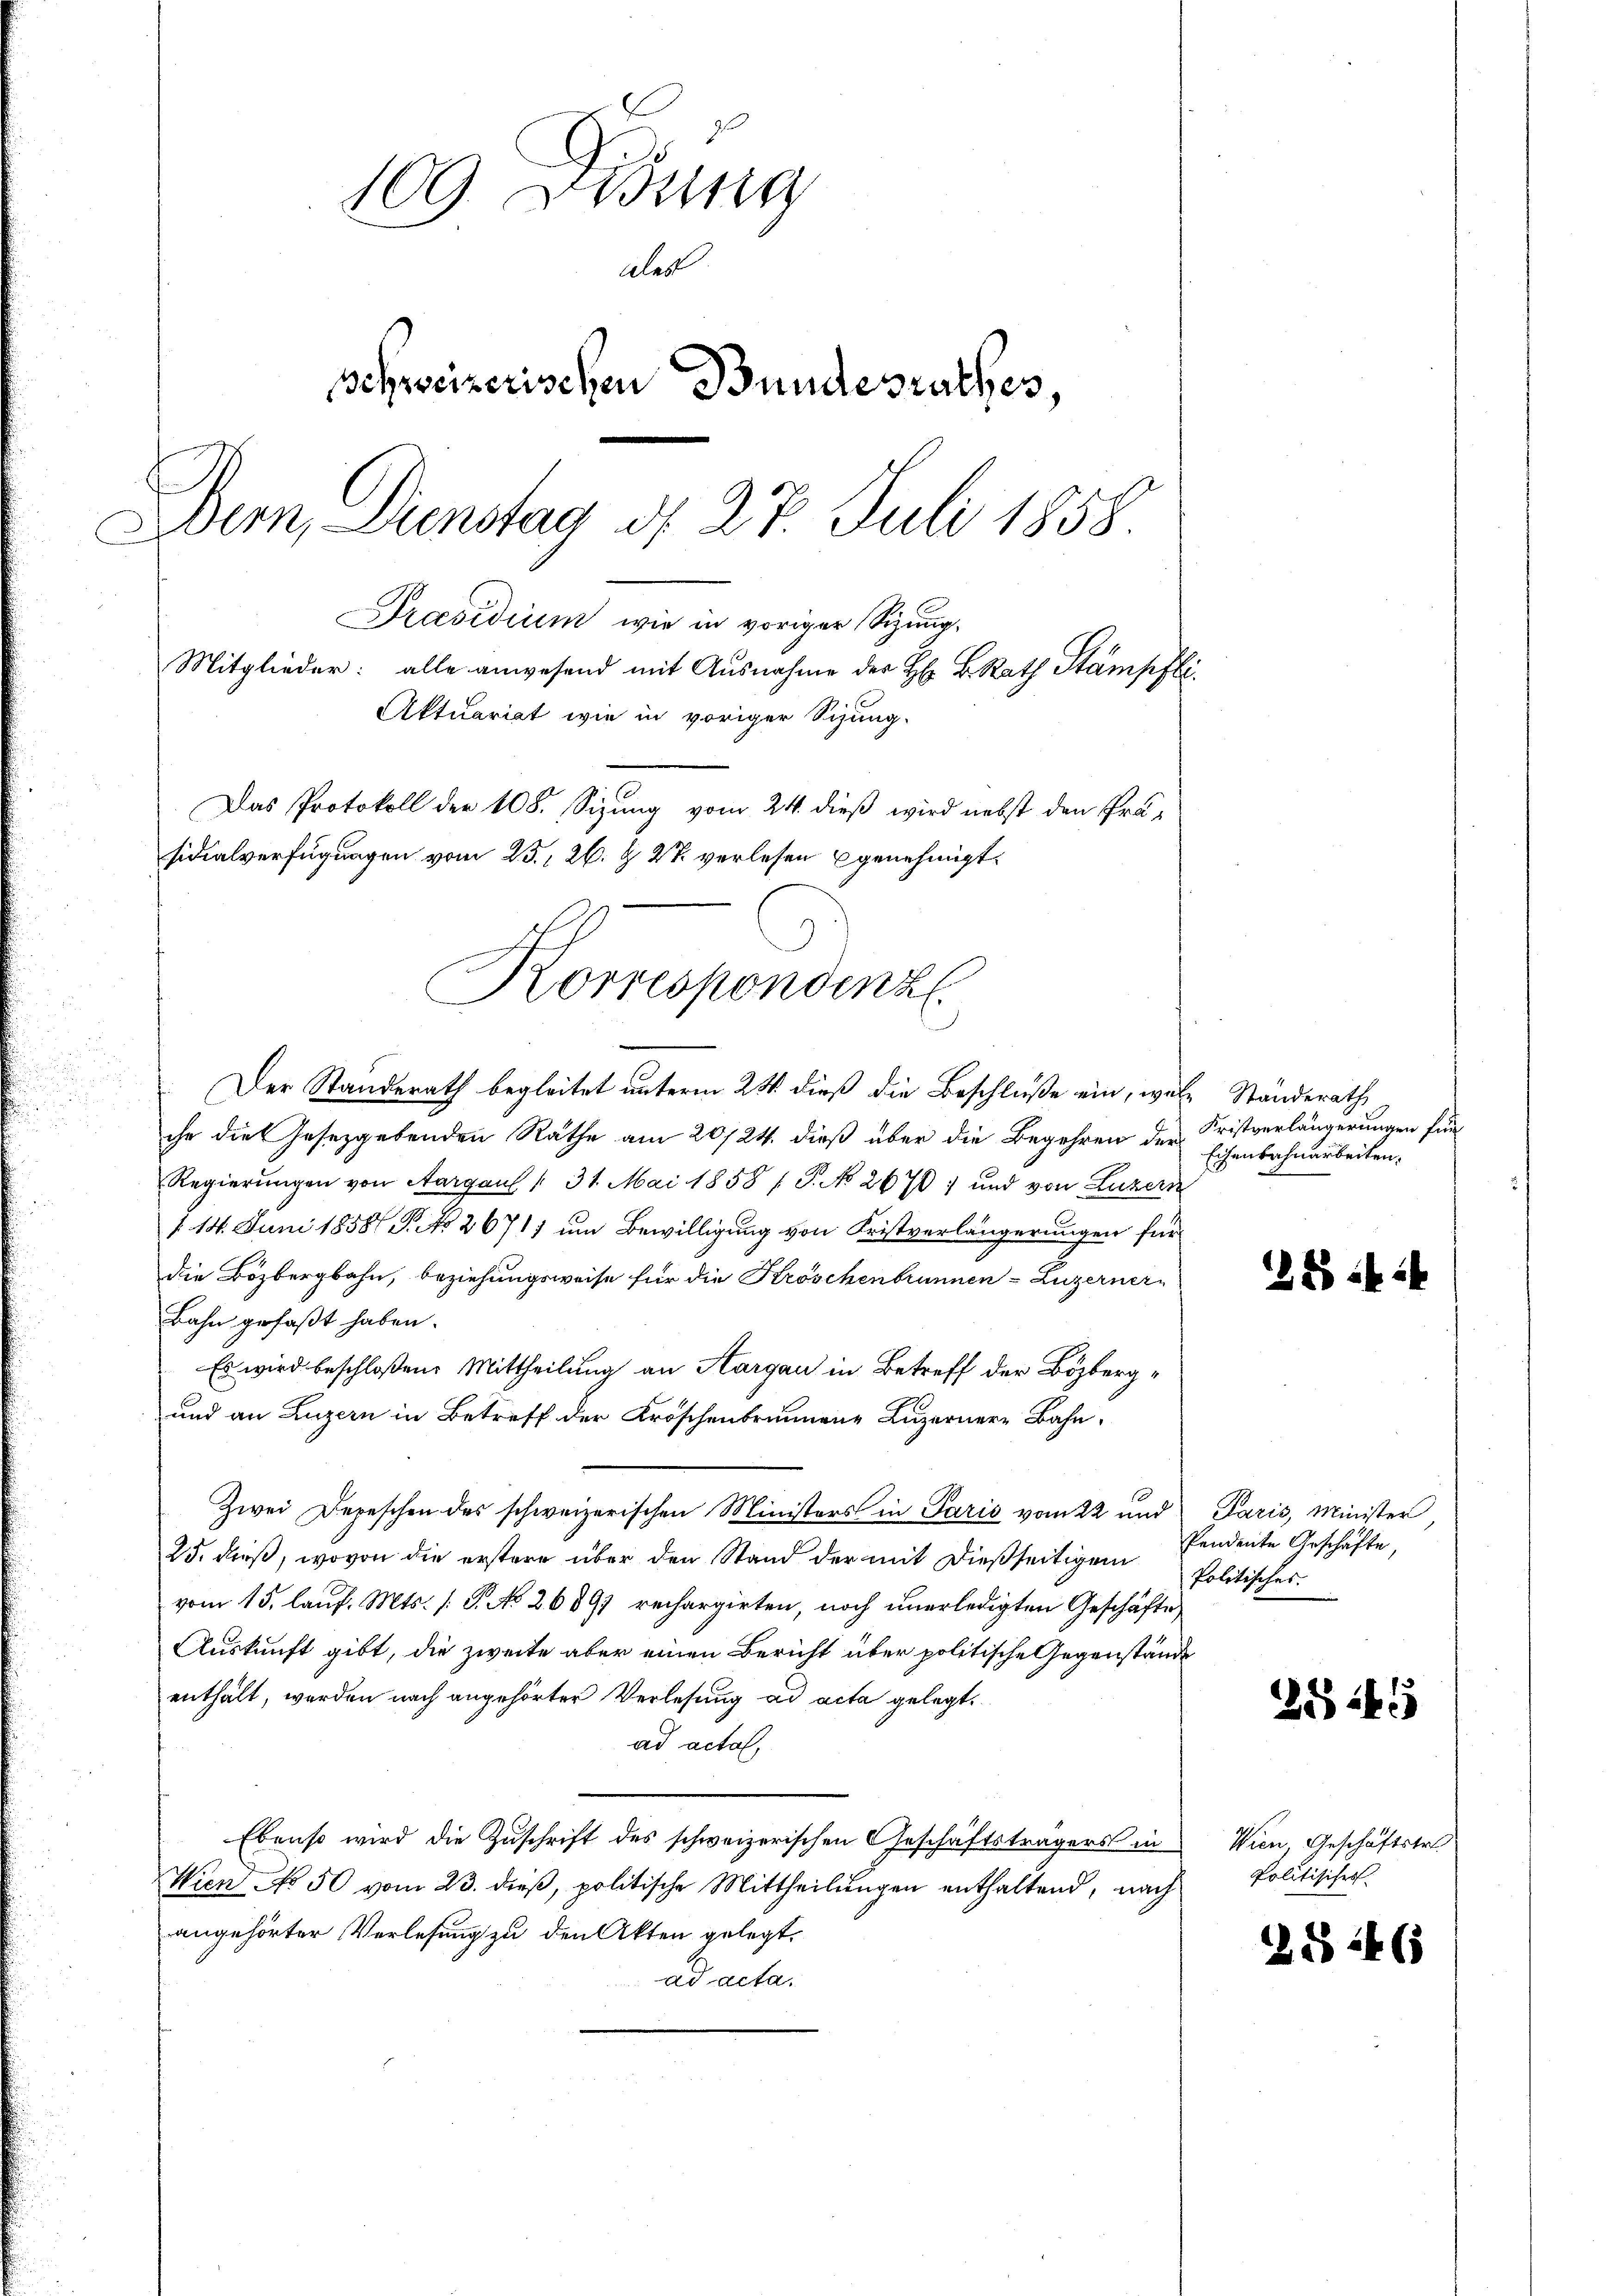
109. Diezing
ales
schweizerischen Bundesrathes,
Bern, Dunstag d. 27. Juli 1858
Praesidium wie in voriger Sizung,
Mitglieder: alle anwesend mit Ausnahme der H. B. Rath Stampfli
Aktuariat wie in voriger Sihung.
Das Protokoll der 408. Sizung vom 24. dieß wird nebst den Präsidialverfügungen vom 23. 26. & 27. verlesen genehmigt.

Korrespondenz.

Der Standerath begleitet unterm 24. dieß die Beschluße ein, wele Standerath
che die Gesetzgebenden Räthe am 20/24. dieß über die Begehren der Fristverlängerungen fün¬
Regierungen von Aargau § 31. Mai 1858 / 5. No 2670; und von Luzern
1. 14. Juni 1858 P. No 2671) um Bewilligung von Fristverlängerungen für
die Bözbergbahn, beziehungsweise für die Kröschenbrunnen Luzerner-
Bahn gefaßt haben.
Es wird beschloßen: Mittheilung an Aargau in Betreff der Bözberg¬
und an Luzern in Betreff der Kröschenbrunnene Luzernere Bahn,
Zwei Depeschen des schweizerischen Ministers in Paris vom 22 und Paris, Minister
25. daß, wovon die erstere über den Stand der mit dießseitigen
vom 15. lauf. Mts. (: P. NNo. 2689) rechargirten, noch unerledigten Geschäfte
Auskunft gibt, die zweite aber einen Bericht über politische Gegenstände
enthält, werden nach angehörter Verlesung ad acta gelegt,
ad acta,
Ebenso wird die Zuschrift des schweizerischen Geschäftsträgers in
Wien No 50 vom 23. dieß, politische Mittheilungen enthaltend, nach
angehörter Verlesung zu den Akten gelegt,
ad acta.

Eisenbahnarbeiten.

288

Pendente Geschäfte,
Politisches.

Wien, Geschäftstr
Politisches

)

2545

§ 246